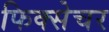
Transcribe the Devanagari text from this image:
फिक्सेचर